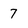
Character: 7